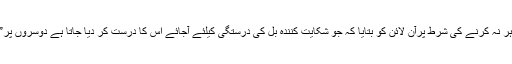
واپڈا سیوابستہ ایک سینئر میٹر ریڈر نے اپنا نام ظاہر نہ کرنے کی شرط پرآن لائن کو بتایا کہ جو شکایت کنندہ بل کی درستگی کیلئے آجائے اُس کا درست کر دیا جاتا ہے دوسروں پر” خاموش ٹیکنیکل چھری“ عرصہ سے چل رہا ہے۔